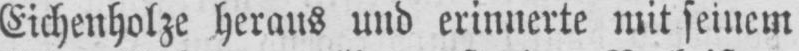
Eichenholze heraus und erinnerte mit seinem